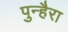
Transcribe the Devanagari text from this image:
पुन्हैरा